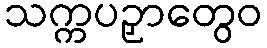
သက္ကပဉှာတွေဝ